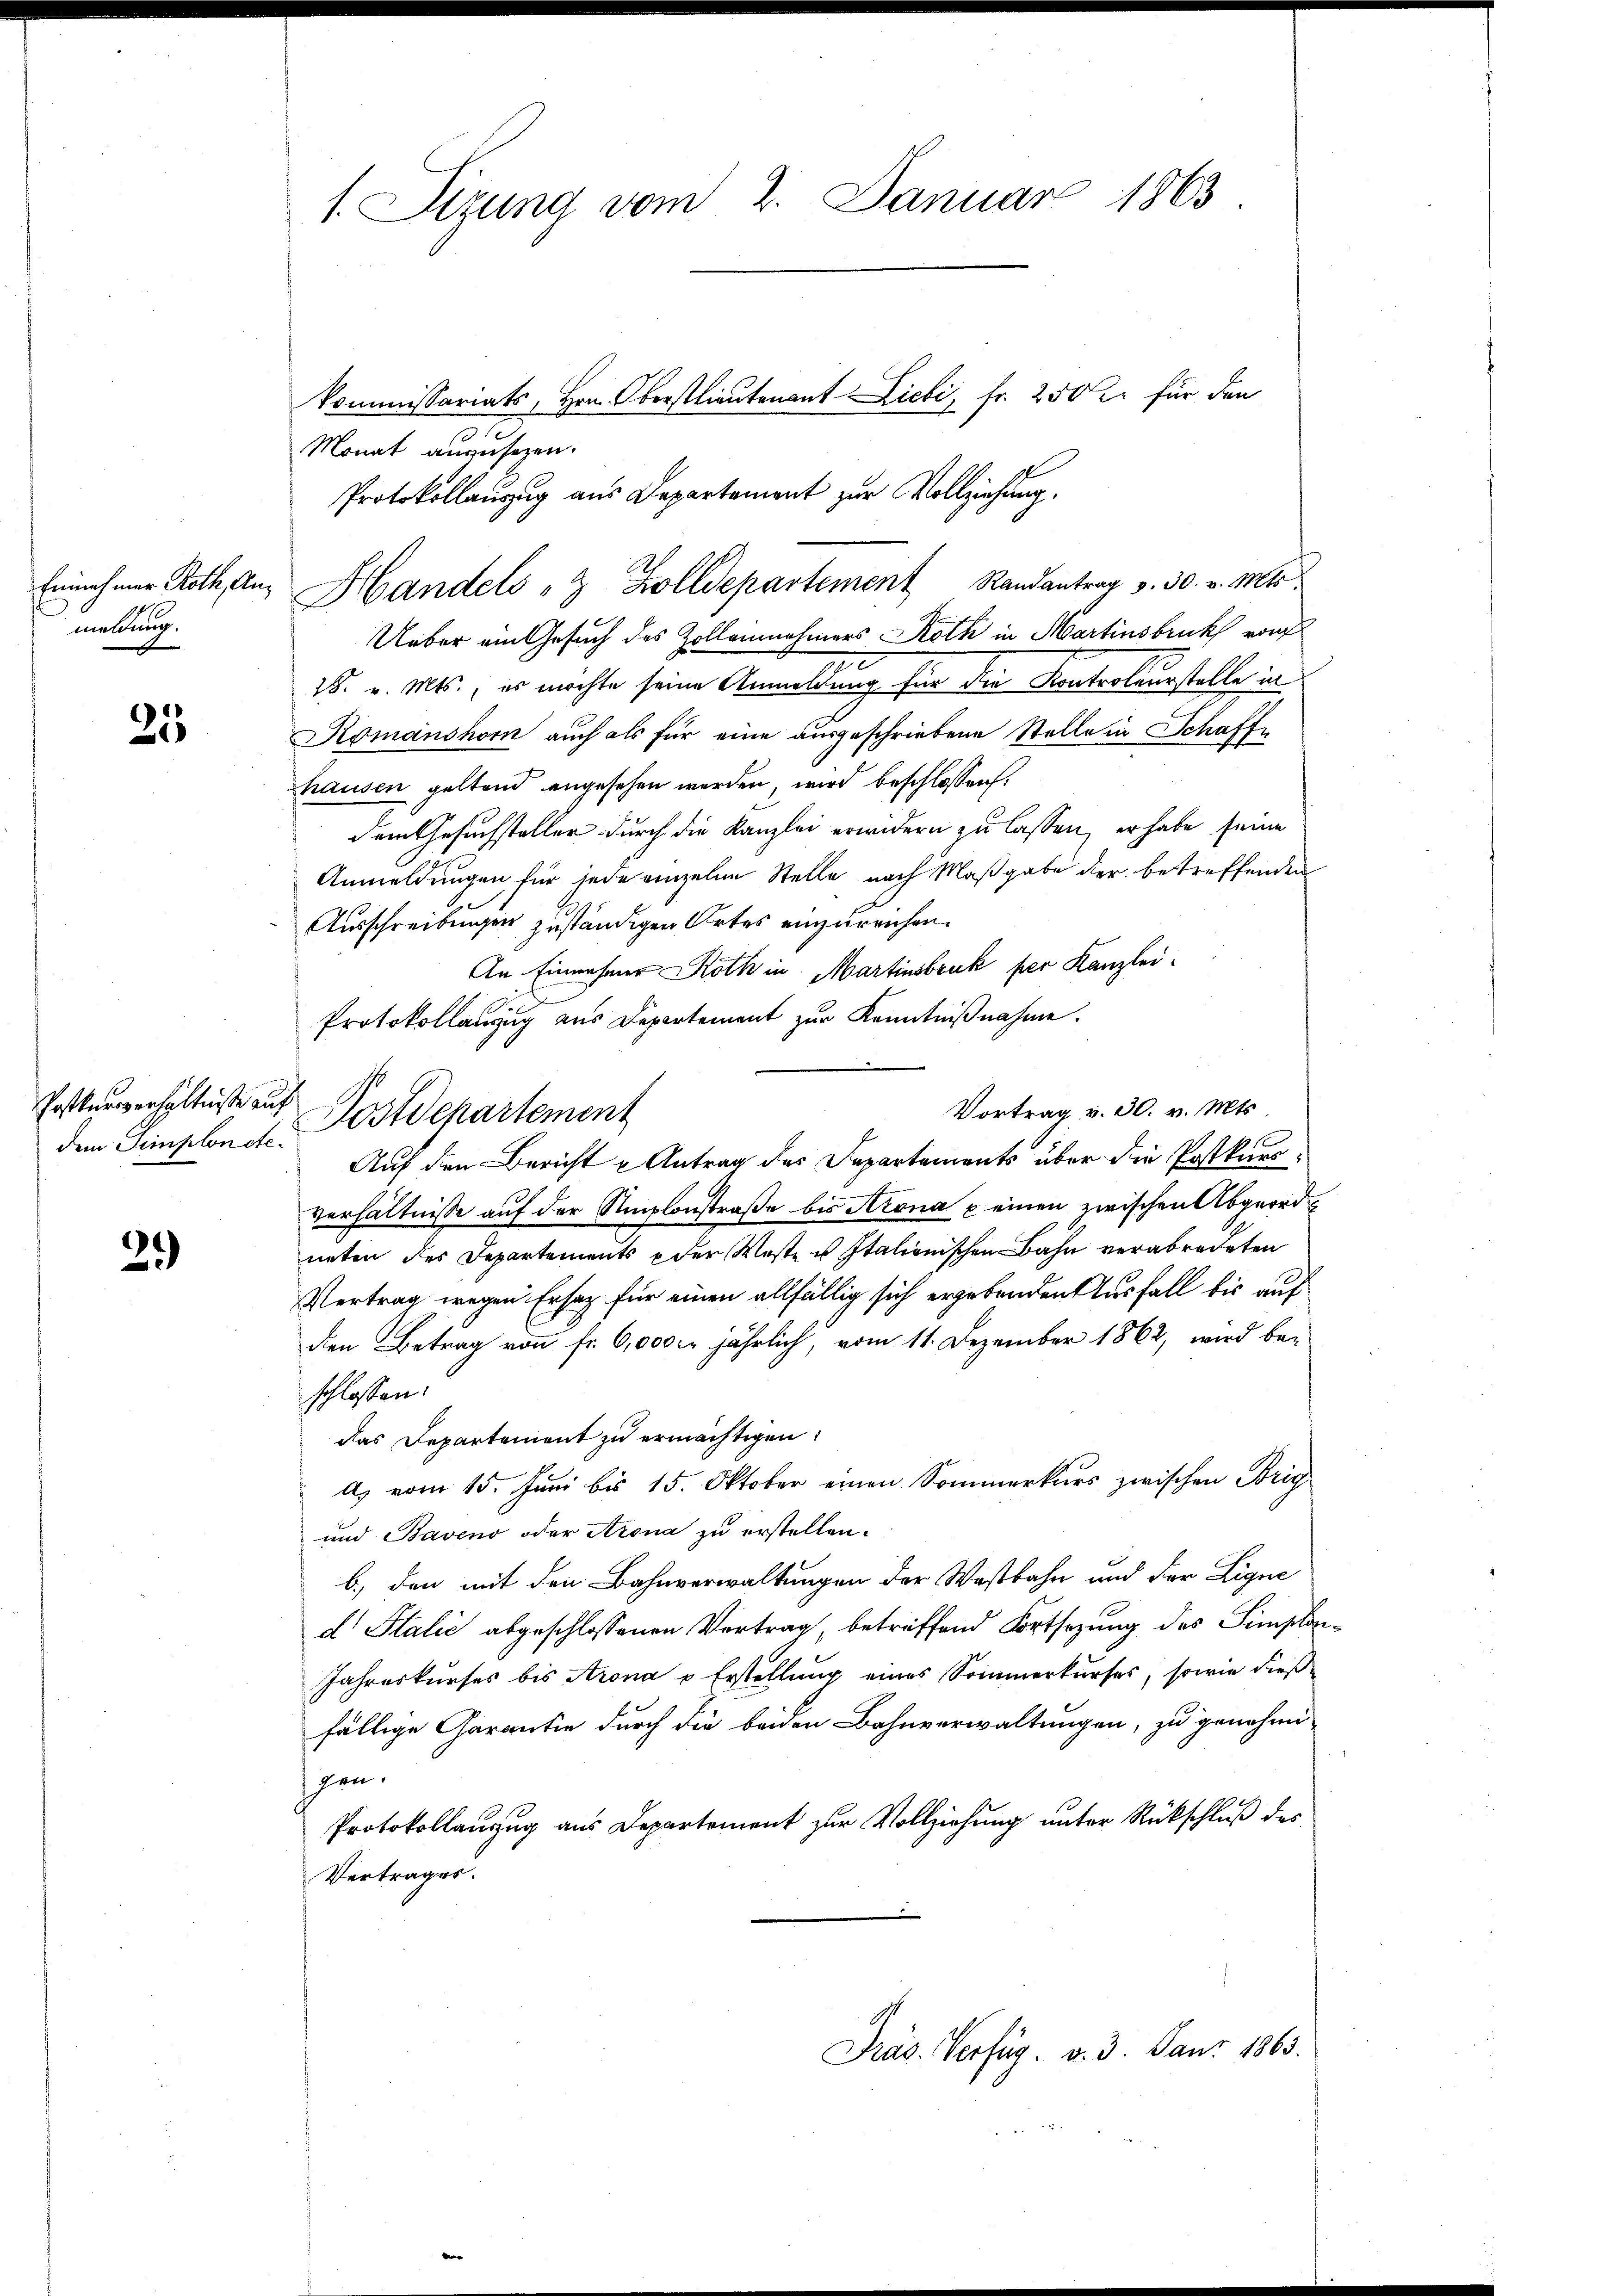
meldung.

25

Monat auszusezen
Protokollauszug aus Departement zur Vollziehung.
Einnahmer Roth, an Handels " Zolldepartement Randantrag v. 30. v. Mts.
Ueber ein Gesuch des Zolleinnahmers Roth in Martinsbruck von
7
18. v. Mts., es möchte seine Anmeldung für die Kontroleurstelle in
Komanshorn auch als für eine ausgeschriebene Stelle in Schaffhausen geltend angesehen werden, wird beschlossen.
dem Gesuchsteller durch die Kanzlei erwidern zu lassen, er habe seine
Anmeldungen für jede einzelne Stelle nach Maßgabe der betreffenden
Ausschreibungen zuständigen Ortes einzureichen.
An Einwesene Roth in Martinsbruk per Kanzlei
.
2
Protokollanzug aus Departement zur Kenntnißnahme.
Vortrag v. 30. v. Mts.
Postdepartement
Auf den Bericht u Antrag des Departements über die Postkurs¬
Verhältnisse auf der Stizlonstraße bis Arona u einen zwischen Abgeordneten des Departements der Waste u Italienischen Bahn verabredeten
Vertrag wegen Ersatz für einen allfällig sich ergebenden Ausfall bis auf
den Betrag von fr. 6,000 fr jährlich, vom 11. Dezember 1862, wird be-
schlossen:
das Departement zu ermächtigen.
A.) vom 15. Juni bis 15. Oktober einen Sommerkurs zwischen Brig
und Baveno oder Arona zu erstellen.
b.) den mit den Bahnverwaltungen der Wastbahn und der Ligne
d Italić abgeschlossenen Vertrag, betreffend Fortsetzung des Simplon¬
Jahreskurses bis Arona v. Erstellung eines Sommerkurses, sowie dießfällige Garantie durch die beiden Bahnverwaltungen, zu genehmi
igen.
Protokollauszug aus Departement zur Vollziehung unter Rückschluß des
Vertrages.
Präs. Verfüg. v. 3. Janr. 1863.

Posttnerverhältniße auf
dem Simplonete.

2.)

1. Sizung vom 2. Januar 1863

kommissariats, Hrn. Oberstlieutenant Liebi, Fr. 250 für den